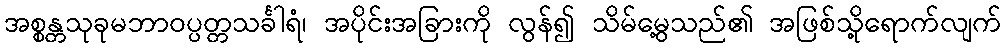
အစ္စန္တသုခုမဘာဝပ္ပတ္တသင်္ခါရံ၊ အပိုင်းအခြားကို လွန်၍ သိမ်မွေ့သည်၏ အဖြစ်သို့ရောက်လျက်